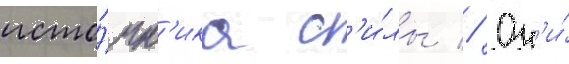
исто́чн'ика с'и́лы // Он'и́